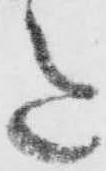
意